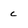
Character: c